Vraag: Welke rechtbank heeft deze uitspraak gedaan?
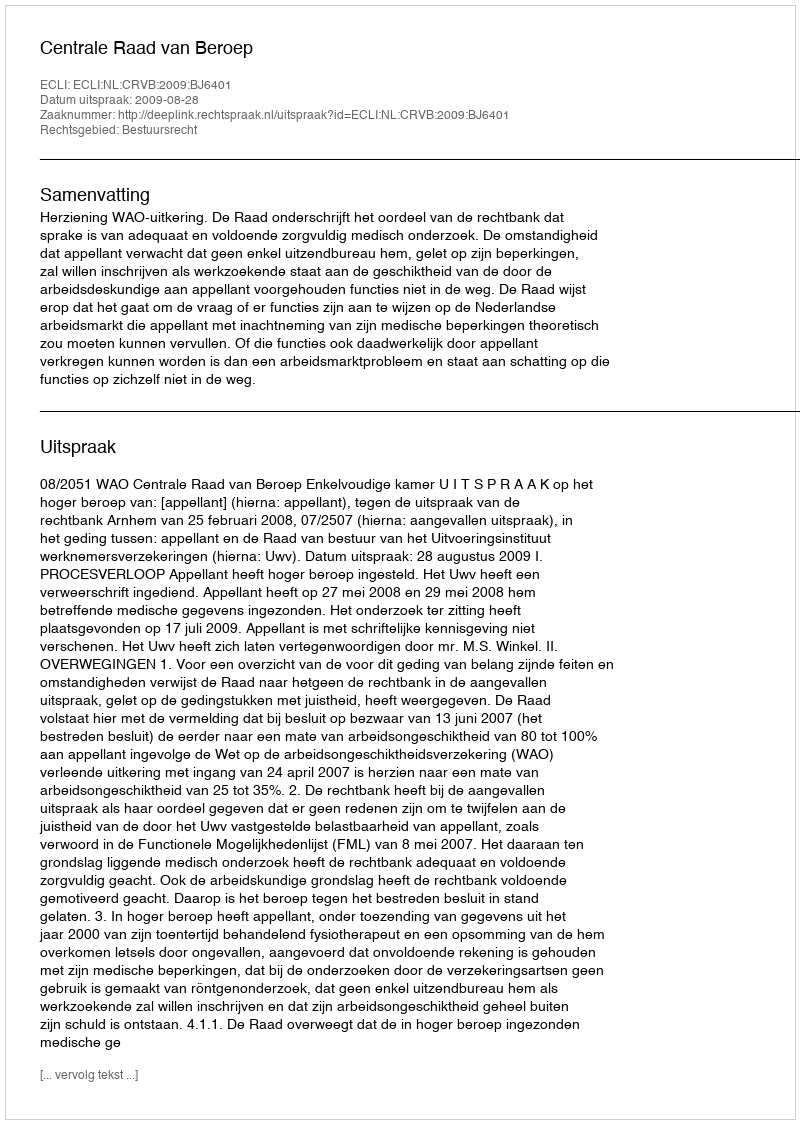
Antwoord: Centrale Raad van Beroep